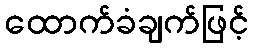
ထောက်ခံချက်ဖြင့်